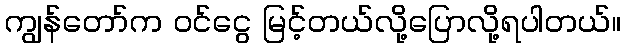
ကျွန်တော်က ဝင်ငွေ မြင့်တယ်လို့ပြောလို့ရပါတယ်။